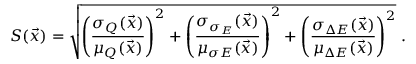
S ( \vec { x } ) = \sqrt { \left( { \frac { \sigma _ { Q } ( \vec { x } ) } { \mu _ { Q } ( \vec { x } ) } } \right) ^ { 2 } + \left( { \frac { \sigma _ { \sigma _ { E } } ( { \vec { x } } ) } { \mu _ { \sigma E } ( { \vec { x } } ) } } \right) ^ { 2 } + \left( { \frac { \sigma _ { \Delta E } ( { \vec { x } } ) } { \mu _ { \Delta E } ( { \vec { x } } ) } } \right) ^ { 2 } } \ .